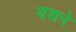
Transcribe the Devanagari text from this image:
यशने